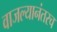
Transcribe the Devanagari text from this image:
वाजल्यानंतरच